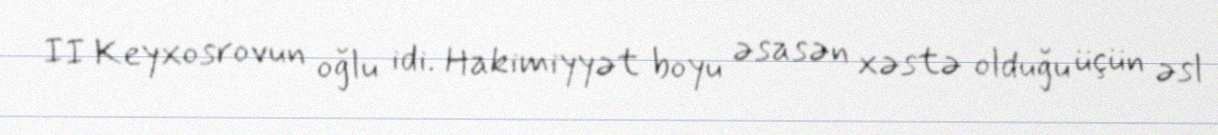
II Keyxosrovun oğlu idi. Hakimiyyət boyu əsasən xəstə olduğu üçün əsl